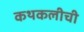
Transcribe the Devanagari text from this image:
कथकलीची